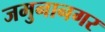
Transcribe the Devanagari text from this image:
जमुनानगर